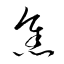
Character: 焦